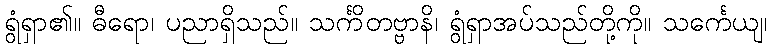
ရွံရှာ၏။ ဓီရော၊ ပညာရှိသည်။ သင်္ကိတဗ္ဗာနိ၊ ရွံရှာအပ်သည်တို့ကို။ သင်္ကေယျ၊